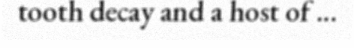
tooth decay and a host of ...